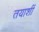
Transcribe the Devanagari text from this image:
तयाशीं